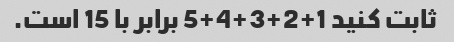
ثابت کنید 1+2+3+4+5 برابر با 15 است.